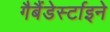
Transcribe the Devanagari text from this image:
गैबैंडेर्स्टाइने